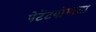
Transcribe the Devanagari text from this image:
पेटेंटयोग्यता